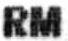
RM